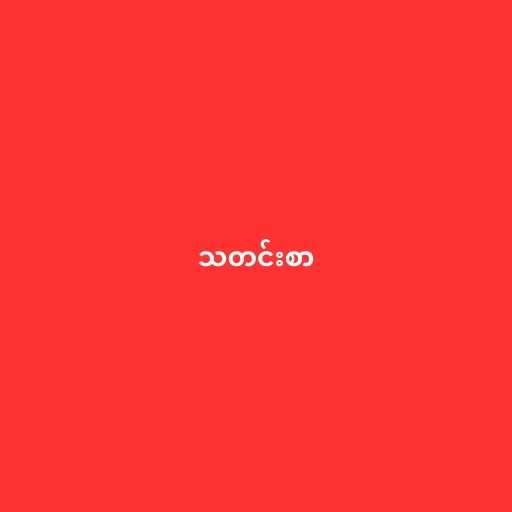
သတင်းစာ